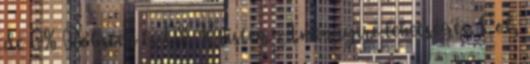
de 0% Robsten és 0% Kristen. Amennyire lehetséges. Lol,